Distribution and causation of leprosy in British India
Year: 1875
Disease focus: Leprosy
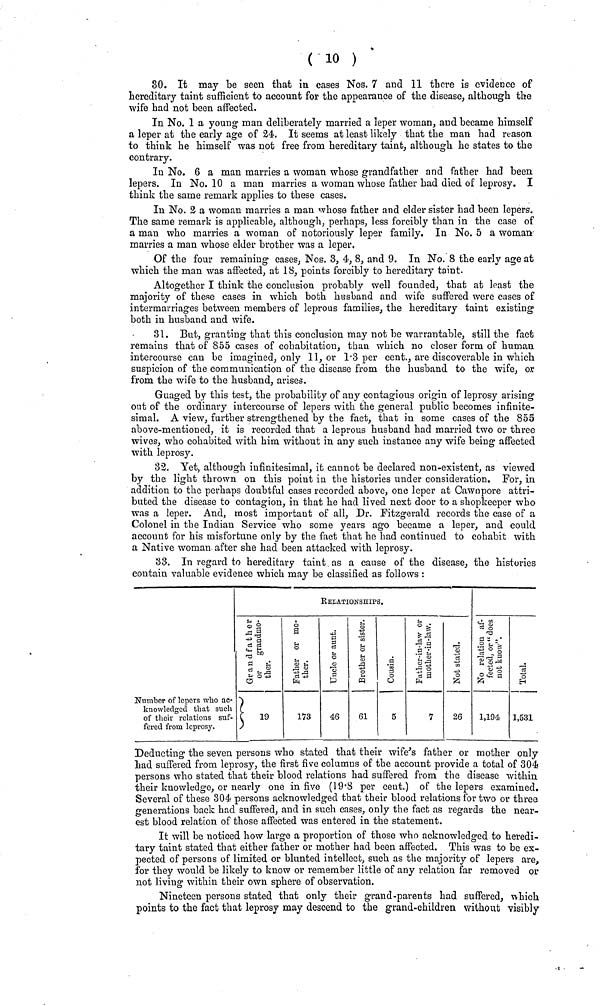
( 10 )
30. It may be seen that in cases Nos. 7 and 11 there is evidence of
hereditary taint sufficient to account for the appearance of the disease, although the
wife had not been affected.
In No. 1 a young man deliberately married a leper woman, and became himself
a leper at the early age of 24. It seems at least lilcely that the man had reason
to think he himself was not free from hereditary taint, although he states to the
contrary.
In No. 6 a man marries a woman whose grandfather and father had been
lepers. In No. 10 a man marries a woman whose father had died of leprosy. I
think the same remark applies to these cases.
In No. 2 a woman marries a man whose father and elder sister had been lepers.
The same remark is applicable, although, perhaps, less forcibly than in the case of
a man who marries a woman of notoriously leper family. In No. 5 a woman
marries a man whose elder brother was a leper.
Of the four remaining cases, Nos. 3, 4, 8, and 9. In No. 8 the early age at
which the man was affected, at 18, points forcibly to hereditary taint.
Altogether I think the conclusion probably well founded, that at least the
majority of these cases in which both husband and wife suffered were cases of
intermarriages between members of leprous families, the hereditary taint existing
both in husband and wife.
31. But, granting that this conclusion may not be warrantable, still the fact
remains that of 855 cases of cohabitation, than which no closer form of human
intercourse can be imagined, only 11, or 1·3 per cent., are discoverable in which
suspicion of the communication of the disease from the husband to the wife, or
from the wife to the husband, arises.
Guaged by this test, the probability of any contagious origin of leprosy arising
out of the ordinary intercourse of lepers with the general public becomes infinite-
simal. A view, further strengthened by the fact, that in some cases of the 855
above-mentioned, it is recorded that a leprous husband had married two or three
wives, who cohabited with him without in any such instance any wife being affected
with leprosy.
32. Yet, although infinitesimal, it cannot be declared non-existent, as viewed
by the light thrown on this point in the histories under consideration. For, in
addition to the perhaps doubtful cases recorded above, one leper at Cawnpore attri-
buted the disease to contagion, in that he had lived next door to a shopkeeper who
was a leper. And, most important of all, Dr. Fitzgerald records the case of a
Colonel in the Indian Service who some years ago became a leper, and could
account for his misfortune only by the fact that he had continued to cohabit with
a Native woman after she had been attacked with leprosy.
33. In regard to hereditary taint as a cause of the disease, the histories
contain valuable evidence which may be classified as follows :
Number of lepers who ac-
knowledged that such
of their relations suf-
fered from leprosy.
RELATIONSHIPS.
173
46
61
5
7
26
1,194 1,531
Deducting the seven persons who stated that their wife's father or mother only
had suffered from leprosy, the first five columns of the account provide a total of 304
persons who stated that their blood relations had suffered from the disease within,
their knowledge, or nearly one in five (19·8 per cent.) of the lepers examined.
Several of these 304 persons acknowledged that their blood relations for two or three
generations back had suffered, and in such cases, only the fact as regards the near-
est blood relation of those affected was entered in the statement.
It will be noticed how large a proportion of those who acknowledged to heredi-
tary taint stated that either father or mother had been affected. This was to be ex-
pected of persons of limited or blunted intellect, such as the majority of lepers are,
for they would be likely to know or remember little of any relation far removed or
not living within their own sphere of observation.
Nineteen persons stated that only their grand-parents had suffered, which
points to the fact that leprosy may descend to the grand-children without visibly